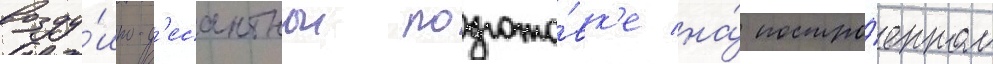
возду́шно-д'есантнои подгото́вк'е на́ постро́енном